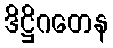
ဒိဋ္ဌိဂတေန